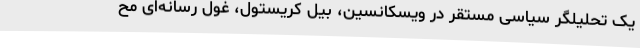
یک تحلیلگر سیاسی مستقر در ویسکانسین، بیل کریستول، غول رسانه‌ای مح